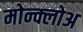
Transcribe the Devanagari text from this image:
मोन्क्लोअ